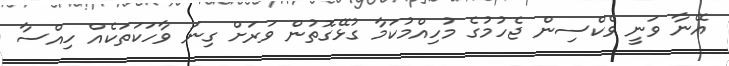
އޭނާ ވަނީ ވެކްސިން ޖެހުމުގެ މުހިއްމުކަމާ ގުޅޭގޮތުން ވަރަށް ގިނަ ވާހަކަތަކެއް ހިއްސާ